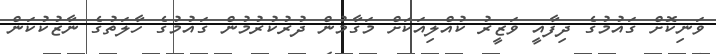
ވަނިކޮށް ގައުމުގެ ދިފާއީ ވަޒީރު ކުއްލިއަކަށް މަގާމުން ދުރުކުރުމުން ގައުމުގެ ހާލަތުގެ ނާޒުކުކަން